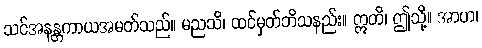
သင်အနန္တကာယအမတ်သည်။ မညသိ၊ ထင်မှတ်ဘိသနည်း။ ဣတိ၊ ဤသို့။ အာဟ၊